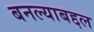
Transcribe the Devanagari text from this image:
बनल्याबद्दल